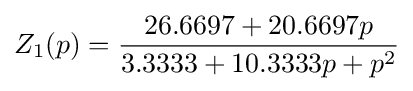
Z_{1}(p)={\frac {26.6697+20.6697p}{3.3333+10.3333p+p^{2}}}